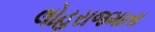
લોહરાજમાતા